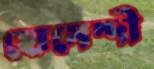
হোসেন্দী